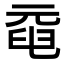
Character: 𠒞